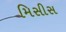
મિસીસ